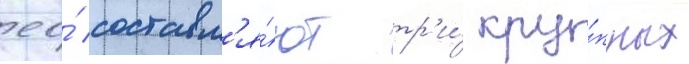
ео́ составл'я́ют тр'и́ кру́пных